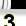
Digit: 3